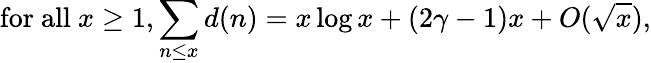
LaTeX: {\mathrm{for~all~}}x\geq 1,\sum_{n\leq x}d(n)=x\log x+(2\gamma-1)x+O({\sqrt{x}}),